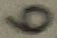
Text: 6